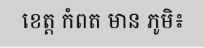
ខេត្ត កំពត មាន ភូមិ៖